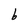
Character: b